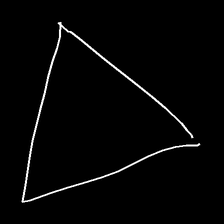
Glyph: convergence